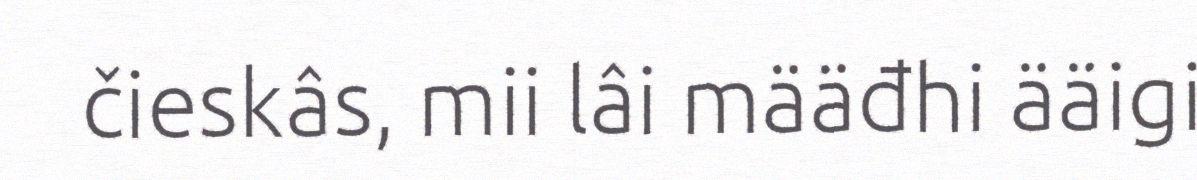
čieskâs, mii lâi määđhi ääigi